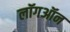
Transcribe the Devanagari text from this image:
लॉगऑन